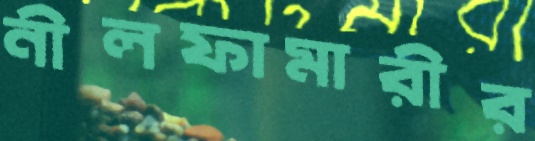
নীলফামারীর